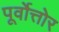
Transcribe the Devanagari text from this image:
पूर्वोत्तोर